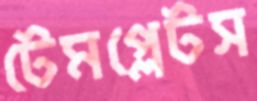
টেমপ্লেটস